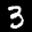
Label: 3